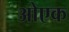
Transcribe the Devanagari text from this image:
ओएक